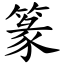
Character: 篆